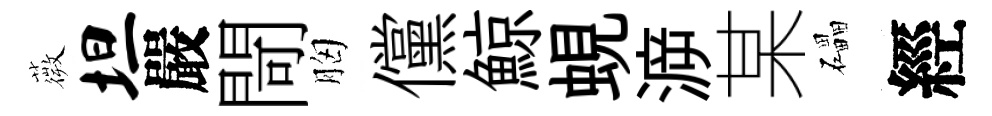
薇坦嚴閜胸儻鯨蜆㴑某礧經